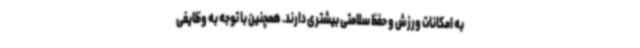
به امکانات ورزش و حفظ سلامتی بیشتری دارند. همچنین با توجه به وظایفی